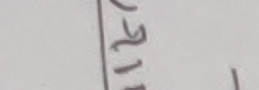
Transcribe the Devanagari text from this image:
र२१